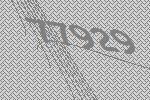
77929